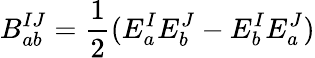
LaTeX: B_{ab}^{IJ}={\frac{1}{2}}(E_{a}^{I}E_{b}^{J}-E_{b}^{I}E_{a}^{J})